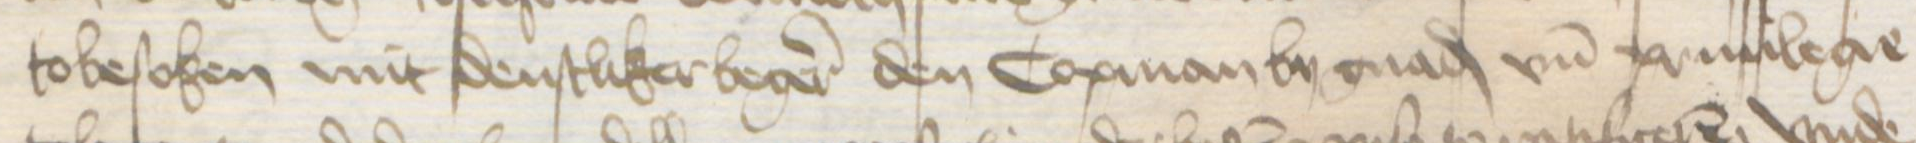
Transcription: tobesoken mit denstliker begeren den Copman by gnad vnd priuilege